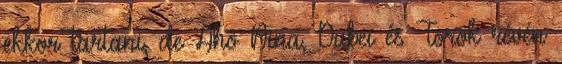
ekkor tartani, de Aho Nina, Dubei és Török révén